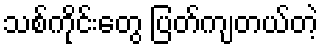
သစ်ကိုင်းတွေ ပြတ်ကျတယ်တဲ့